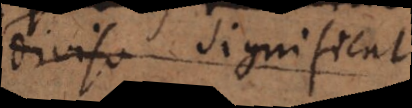
diviso significat